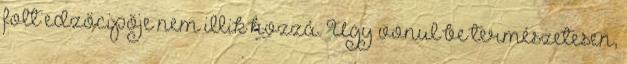
folt edzőcipője nem illik hozzá. Úgy vonul be természetesen,